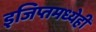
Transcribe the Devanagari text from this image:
इजिप्तमध्येही